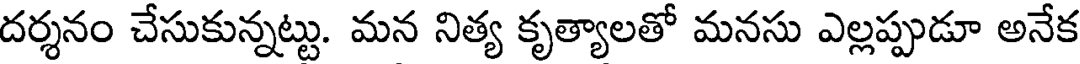
దర్శనం చేసుకున్నట్టు. మన నిత్య కృత్యాలతో మనసు ఎల్లప్పుడూ అనేక